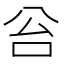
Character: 𠈂